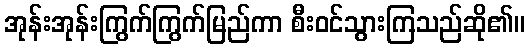
အုန်းအုန်းကြွက်ကြွက်မြည်ကာ စီးဝင်သွားကြသည်ဆို၏။